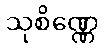
သုစိဏ္ဏေ